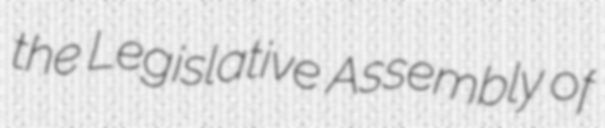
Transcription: the Legislative Assembly of